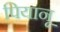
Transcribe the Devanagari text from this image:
पियानू